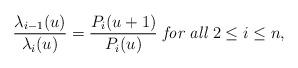
LaTeX: \begin{align*} \frac{\lambda_{i-1}(u)}{\lambda_i(u)}=\frac{P_i(u+1)}{P_i(u)} \textit{ for all }2\leq i\leq n, \end{align*}